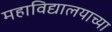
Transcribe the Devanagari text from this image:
महाविद्यालयाच्या